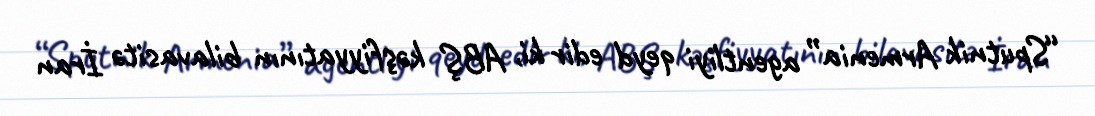
“Sputnik Armenia” agentliyi qeyd edir ki, ABŞ kəşfiyyatının bilavasitə İran